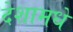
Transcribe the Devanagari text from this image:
देशामधे